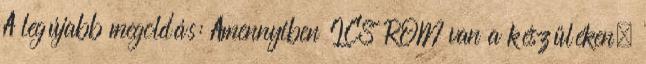
A legújabb megoldás: Amennyiben ICS ROM van a készüléken,